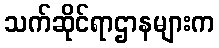
သက်ဆိုင်ရာဌာနများက